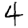
Digit: 4